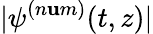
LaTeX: |\psi^{(n\mathbf{u}m)}(t,z)|